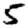
Digit: 5